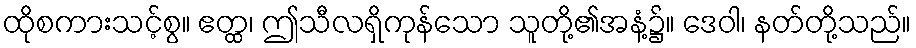
ထိုစကားသင့်စွ။ ဧတ္ထ၊ ဤသီလရှိကုန်သော သူတို့၏အနံ့၌။ ဒေဝါ၊ နတ်တို့သည်။